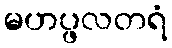
မဟပ္ဖလတရံ